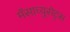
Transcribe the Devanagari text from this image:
मॅसाच्युसेट्स